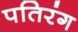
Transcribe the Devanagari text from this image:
पतिरंग